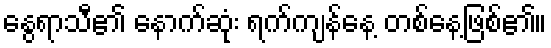
နွေရာသီ၏ နောက်ဆုံး ရက်ကျန်နေ့ တစ်နေ့ဖြစ်၏။